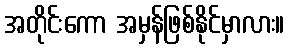
အတိုင်းကော အမှန်ဖြစ်နိုင်မှာလား။